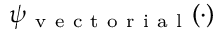
\psi _ { \mathrm { ~ v ~ e ~ c ~ t ~ o ~ r ~ i ~ a ~ l ~ } } ( \cdot )